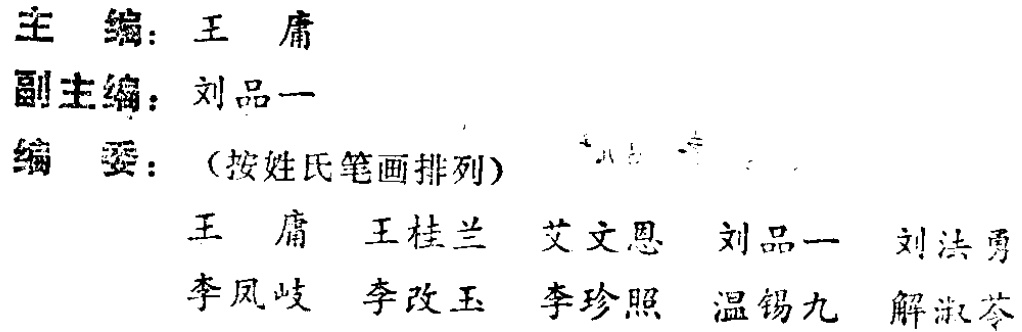
\begin{center}

主编：王庸\\

副主编：刘品一\\

编委：（按姓氏笔画排列）\\

王庸 王桂兰 艾文恩 刘品一 刘洪勇\\

李凤岐 李改玉 李珍照 温锡九 解淑苓

\end{center}